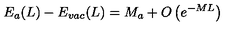
E _ { a } ( L ) - E _ { v a c } ( L ) = M _ { a } + O \left( e ^ { - M L } \right)